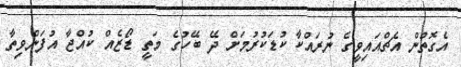
އެގޮތުން އެޗްއައިވީގެ ނުރައްކާ ކުޑަކުރުމަށް ދޭ ބޭހުގެ މަތީ ޑޯޒެއް ކުއްޖާ އުފަންވިތާ